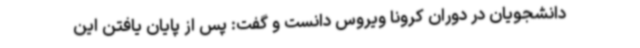
دانشجویان در دوران کرونا ویروس دانست و گفت: پس از پایان یافتن این